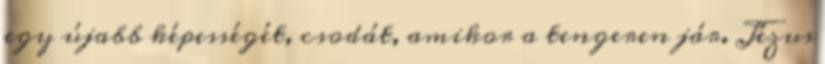
egy újabb képességét, csodát, amikor a tengeren jár. Jézus